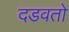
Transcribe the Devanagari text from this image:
दडवतो